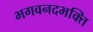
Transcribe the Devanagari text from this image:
भगवनदभक्ति